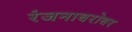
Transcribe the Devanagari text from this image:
रंजनाबरोबर